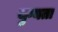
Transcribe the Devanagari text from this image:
युग्यता